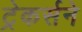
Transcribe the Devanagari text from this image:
ट्रेकर्सने